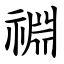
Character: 䄗